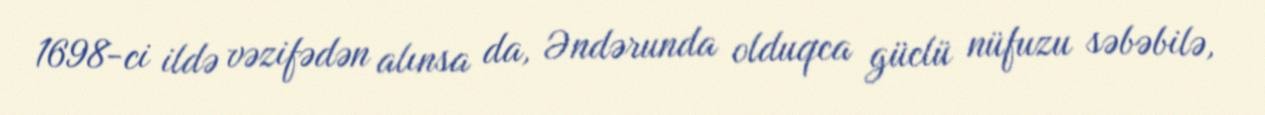
1698-ci ildə vəzifədən alınsa da, Əndərunda olduqca güclü nüfuzu səbəbilə,